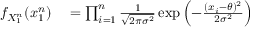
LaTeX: \begin{array} { r l r l } { f _ { X _ { 1 } ^ { n } } ( x _ { 1 } ^ { n } ) } & { { } = \prod _ { i = 1 } ^ { n } { \frac { 1 } { \sqrt { 2 \pi \sigma ^ { 2 } } } } \exp \left( - { \frac { ( x _ { i } - \theta ) ^ { 2 } } { 2 \sigma ^ { 2 } } } \right) } \end{array}